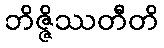
ဘိဇ္ဇိဿတီတိ